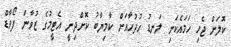
ކޮލަށް ޖެހި ހަމައެކަނި ލަނޑު ހުދުހާއަށް ކާމިޔާބު ކޮށްދިނީ އެޓީމުގެ ޒުވާން ފޯވާޑް